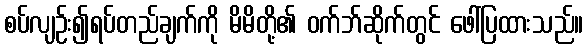
စပ်လျဉ်း၍ရပ်တည်ချက်ကို မိမိတို့၏ ဝက်ဘ်ဆိုက်တွင် ဖေါ်ပြထားသည်။